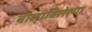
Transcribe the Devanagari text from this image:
बोलाविलेल्या